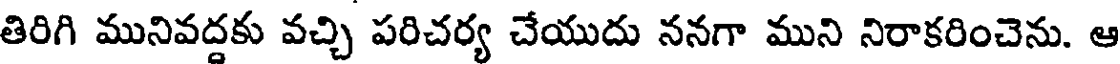
తిరిగి మునివద్దకు వచ్చి పరిచర్య చేయుదు ననగా ముని నిరాకరించెను. ఆ